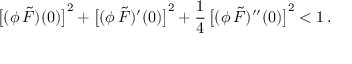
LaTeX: \big [ ( \phi \, \tilde { F } ) ( 0 ) \big ] ^ { 2 } + \big [ ( \phi \, \tilde { F } ) ^ { \prime } ( 0 ) \big ] ^ { 2 } + { \frac { 1 } { 4 } } \, \big [ ( \phi \, \tilde { F } ) ^ { \prime \prime } ( 0 ) \big ] ^ { 2 } < 1 \, .